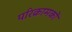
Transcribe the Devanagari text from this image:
परिक्रामकों